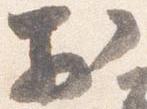
於